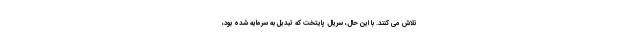
تلاش می کنند. با این حال، سریال پایتخت که تبدیل به سرمایه شده بود،